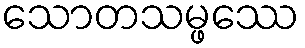
သောတသမ္ဖဿေ